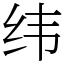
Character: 纬